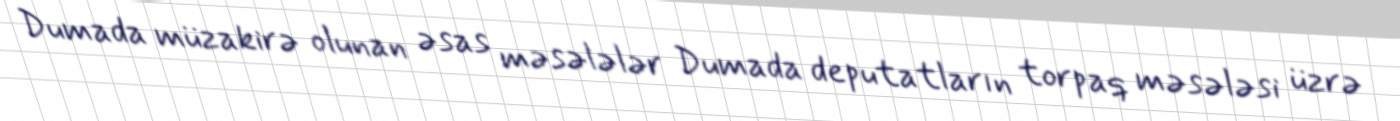
Dumada müzakirə olunan əsas məsələlər Dumada deputatların torpaq məsələsi üzrə